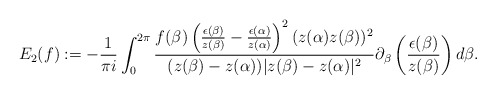
\begin{align*}E_{2}(f):=-\frac{1}{\pi i}\int_{0}^{2\pi}\frac{f(\beta)\left(\frac{\epsilon(\beta)}{z(\beta)}-\frac{\epsilon(\alpha)}{z(\alpha)}\right)^{2}(z(\alpha)z(\beta))^{2}}{(z(\beta)-z(\alpha))|z(\beta)-z(\alpha)|^{2}}\partial_{\beta}\left(\frac{\epsilon(\beta)}{z(\beta)}\right)d\beta.\end{align*}